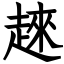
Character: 𧼛